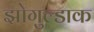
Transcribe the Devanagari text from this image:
झोगुल्डाक